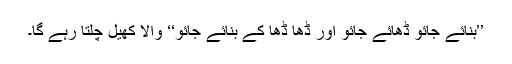
’’بنائے جائو ڈھائے جائو اور ڈھا ڈھا کے بنائے جائو‘‘ والا کھیل چلتا رہے گا۔